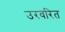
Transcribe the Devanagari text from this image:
उरवरित